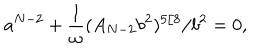
LaTeX: a ^ { N - 2 } + \frac { 1 } { \omega } ( A _ { N - 2 } b ^ { 2 } ) ^ { 5 / 8 } / b ^ { 2 } = 0 ,